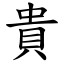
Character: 貴